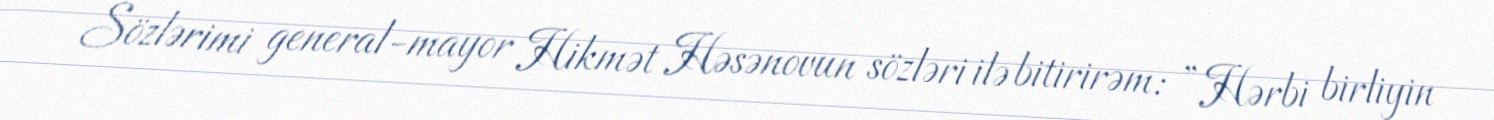
Sözlərimi general-mayor Hikmət Həsənovun sözləri ilə bitirirəm: ”Hərbi birliyin